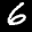
Label: 6